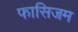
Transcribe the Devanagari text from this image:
फासिजम